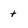
Character: t